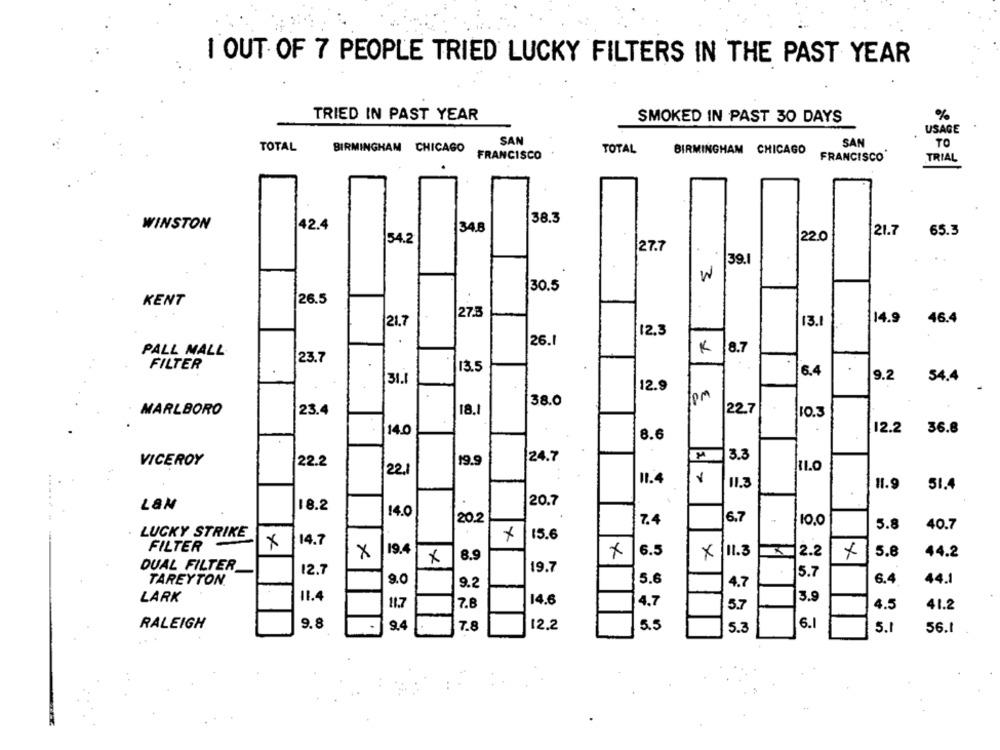
1 OUT OF 7 PEOPLE TRIED LUCKY FILTERS IN THE PAST YEAR
TRIED IN PAST YEAR
SMOKED IN PAST 30 DAYS
%
USAGE
SAN
SAN
TO
TOTAL
BIRMINGHAM CHICAGO
TOTAL
BIRMINGHAM CHICAGO
FRANCISCO
FRANCISCO
TRIAL
38.3
42.4
WINSTON
34.8
21.7
65.3
54.2
22.0
27.7
39.1
W
30.5
KENT
26.5
27.3
21.7
14.9
46.4
12.3
13.
26.1
PALL MALL
K
8.7
23.7
FILTER
13.5
6.4
9.2
31.1
54.4
12.9
38.0
1pm
MARLBORO
23.4
18.
22.7
10.3
14.0
8.6
12.2
36.8
3.2
VICEROY
22.2
19.9
24.7
22,1
11.4
11.3
11.9
51.4
20.7
LaN
18.2
14.0
6.7
20.2
7.4
10.0
5.8
40.7
LUCKY STRIKE
14.7
15.6
FILTER
x
x
19.4
6.5
x
11.3
2.2
5.8
44.2
8.9
DUAL FILTER_
12.7
19.7
5.7
TAREYTON.
9.0
9.2
5.6
4.7
6.4
44.1
LARK
11.4
14.6
3.9
11.7
7.8
4.7
5.7
4.5
41.2
RALEIGH
9.8
9.4
7.8
12.2
5.5
5.3
6.1
5.1
56.1